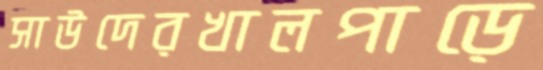
সাউদেরখালপাড়ে